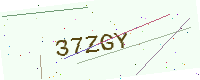
Text: 37ZGY